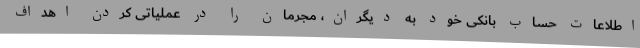
اطلاعات حساب بانکی خود به دیگران، مجرمان را در عملیاتی کردن اهداف